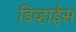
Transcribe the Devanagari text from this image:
डिव्हाईस